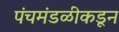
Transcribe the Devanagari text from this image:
पंचमंडळीकडून